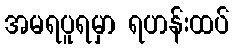
အမရပူရမှာ ရဟန်းထပ်